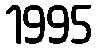
1995